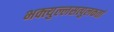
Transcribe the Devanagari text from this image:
भक्त्युल्लसत्पुलकतां